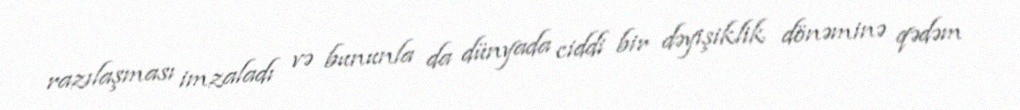
razılaşması imzaladı və bununla da dünyada ciddi bir dəyişiklik dönəminə qədəm